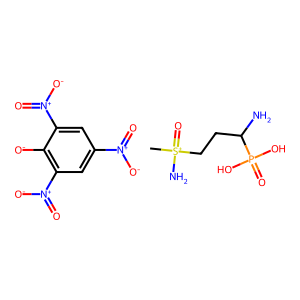
SMILES: C[S+](N)(=O)CCC(N)P(=O)(O)O.O=[N+]([O-])c1cc([N+](=O)[O-])c([O-])c([N+](=O)[O-])c1
Inhibits HIV replication: No